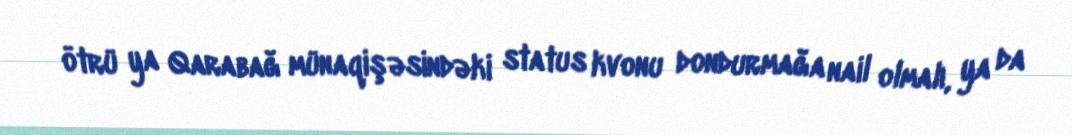
ötrü ya Qarabağ münaqişəsindəki status kvonu dondurmağa nail olmalı, ya da